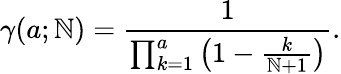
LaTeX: \gamma(a;\mathbb{N})={\frac{{1}}{{\prod_{k=1}^{a}\left(1-{\frac{{k}}{{\mathbb{N}+1}}}\right)}}}.